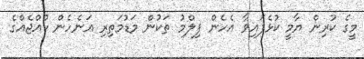
މީގެ ކުރިން ޔާމީ ކުޅެފައިވާ އެހެން ފިލްމު ތަކުން މަޑުމަތިރި އަނެހެން ކުއްޖެއްގެ